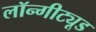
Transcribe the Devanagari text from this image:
लॉन्गीट्यूड